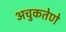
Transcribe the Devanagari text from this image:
अचुकतेणे